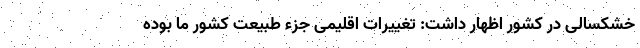
خشکسالی در کشور اظهار داشت: تغییرات اقلیمی جزء طبیعت کشور ما بوده